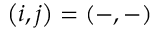
\left( i , j \right) = \left( - , - \right)